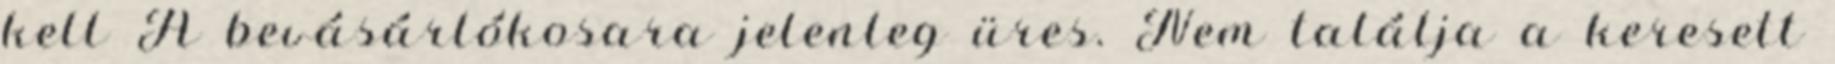
kell A bevásárlókosara jelenleg üres. Nem találja a keresett